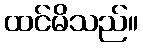
ထင်မိသည်။